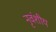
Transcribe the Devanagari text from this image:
नृवंशीय